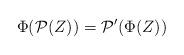
LaTeX: \begin{align*}\Phi( \mathcal{P}(Z)) = \mathcal{P}'(\Phi(Z))\end{align*}